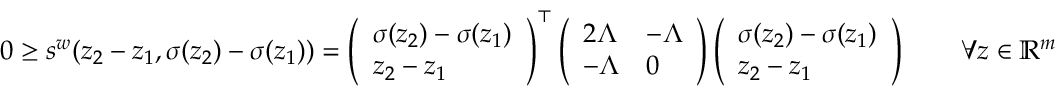
0 \geq s ^ { w } ( z _ { 2 } - z _ { 1 } , \sigma ( z _ { 2 } ) - \sigma ( z _ { 1 } ) ) = \left( \begin{array} { l } { \sigma ( z _ { 2 } ) - \sigma ( z _ { 1 } ) } \\ { z _ { 2 } - z _ { 1 } } \end{array} \right) ^ { \top } \left( \begin{array} { l l } { 2 \Lambda } & { - \Lambda } \\ { - \Lambda } & { 0 } \end{array} \right) \left( \begin{array} { l } { \sigma ( z _ { 2 } ) - \sigma ( z _ { 1 } ) } \\ { z _ { 2 } - z _ { 1 } } \end{array} \right) \qquad \forall z \in \mathbb { R } ^ { m }